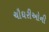
ચૌઘરીઓની